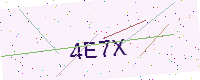
Text: 4E7X